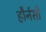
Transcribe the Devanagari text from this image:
हौर्नसी